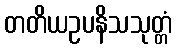
တတိယဥပနိသသုတ္တံ